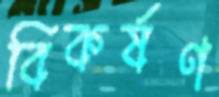
বিকর্ষণ